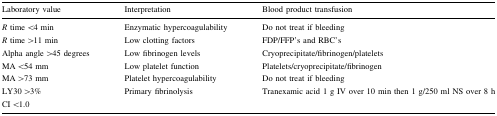
| Laboratory value | Interpretation | Blood product transfusion |
 | --- | --- | --- |
 | R time <4 min | Enzymatic hypercoagulability | Do not treat if bleeding |
 | R time >11 min | Low clotting factors | FDP/FFP’s and RBC’s |
 | Alpha angle >45 degrees | Low fibrinogen levels | Cryoprecipitate/fibrinogen/platelets |
 | MA <54 mm | Low platelet function | Platelets/cryoprecipitate/fibrinogen |
 | MA >73 mm | Platelet hypercoagulability | Do not treat if bleeding |
 | LY30 >3% | <ROWSPAN=2> Primary fibrinolysis | <ROWSPAN=2> Tranexamic acid 1 g IV over 10 min then 1 g/250 ml NS over 8 h |
 | CI <1.0 |